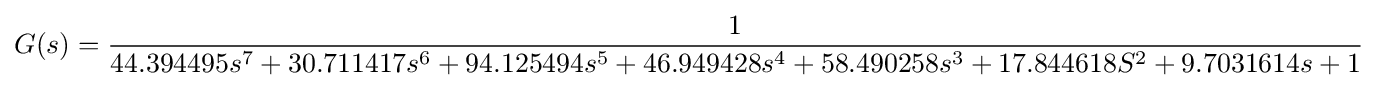
G(s)={\frac {1}{44.394495s^{7}+30.711417s^{6}+94.125494s^{5}+46.949428s^{4}+58.490258s^{3}+17.844618S^{2}+9.7031614s+1}}